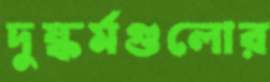
দুষ্কর্মগুলোর